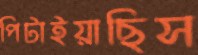
পিটাইয়াছিস